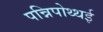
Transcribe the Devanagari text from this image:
पन्निपोथ्थई